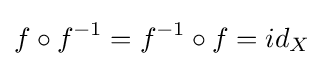
f\circ f^{-1}=f^{-1}\circ f=id_{X}